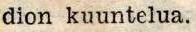
dion kuuntelua.